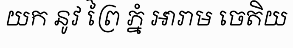
យក នូវ ព្រៃ ភ្នំ ឣារាម ចេតិយ